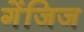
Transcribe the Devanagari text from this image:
गेंजिज